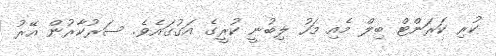
ކުރި ކަރަންޓް ބިލް މެއި މަހު ލިބުނީ ކުރީގެ އަގުގައެވެ. ސަރުކާރުން އޭރު